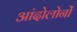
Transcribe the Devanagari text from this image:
आंदोलोनों